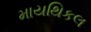
માયથિકલ